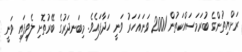
ރަށްޔިތުންގެ ބުރަމަސައްކަތުން 2001 ވަނައަހަރު ވަނީ ހަދާފައެވެ. މިބަނދަރުގެ ބޭރުތޮށި ލެވިފައި ވަނީ